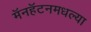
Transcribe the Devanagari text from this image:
मॅनहॅटनमधल्या